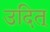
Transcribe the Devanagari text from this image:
उदित्